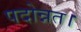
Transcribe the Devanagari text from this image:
पदोन्नत।